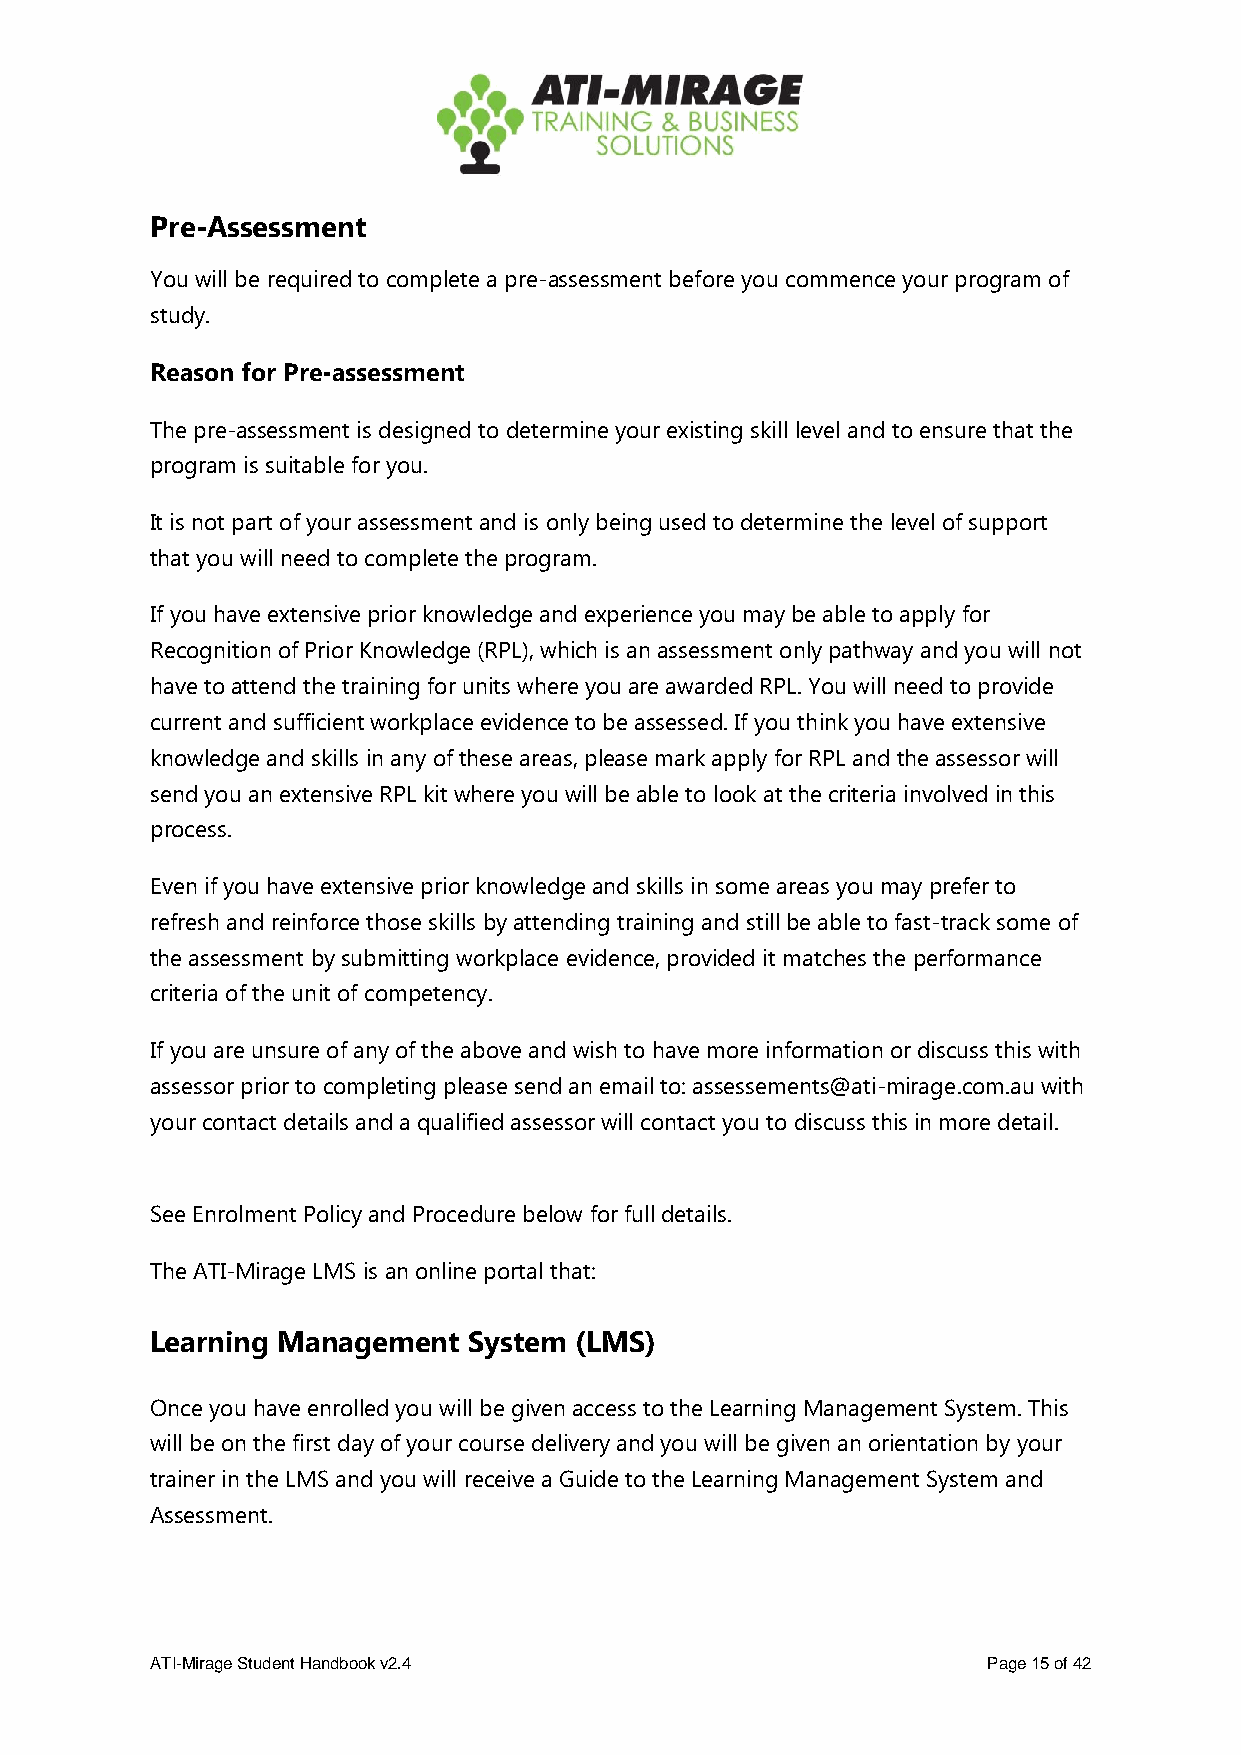
Pre-Assessment
 You will be required to complete a pre-assessment before you commence your program of
 study.
 Reason for Pre-assessment
 The pre-assessment is designed to determine your existing skill level and to ensure that the
 program is suitable for you.
 It is not part of your assessment and is only being used to determine the level of support
 that you will need to complete the program.
 If you have extensive prior knowledge and experience you may be able to apply for
 Recognition of Prior Knowledge (RPL), which is an assessment only pathway and you will not
 have to attend the training for units where you are awarded RPL. You will need to provide
 current and sufficient workplace evidence to be assessed. If you think you have extensive
 knowledge and skills in any of these areas, please mark apply for RPL and the assessor will
 send you an extensive RPL kit where you will be able to look at the criteria involved in this
 process.
 Even if you have extensive prior knowledge and skills in some areas you may prefer to
 refresh and reinforce those skills by attending training and still be able to fast-track some of
 the assessment by submitting workplace evidence, provided it matches the performance
 criteria of the unit of competency.
 If you are unsure of any of the above and wish to have more information or discuss this with
 assessor prior to completing please send an email to: assessements@ati-mirage.com.au with
 your contact details and a qualified assessor will contact you to discuss this in more detail.
 See Enrolment Policy and Procedure below for full details.
 The ATI-Mirage LMS is an online portal that:
 Learning Management  System (LMS)
 Once you have enrolled you will be given access to the Learning Management System. This
 will be on the first day of your course delivery and you will be given an orientation by your
 trainer in the LMS and you will receive a Guide to the Learning Management System and
 Assessment.
 ATI-Mirage Student Handbook v2.4                       Page 15 of 42